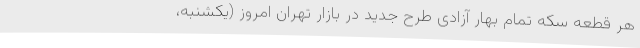
هر قطعه سکه تمام بهار آزادی طرح جدید در بازار تهران امروز (یکشنبه،